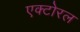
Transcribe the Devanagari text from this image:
एक्टोरल